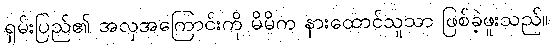
ရှမ်းပြည်၏ အလှအကြောင်းကို မိမိက နားထောင်သူသာ ဖြစ်ခဲ့ဖူးသည်။